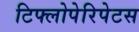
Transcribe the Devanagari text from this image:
टिफ्लोपेरिपेटस